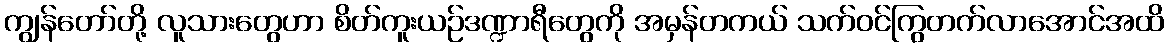
ကျွန်တော်တို့ လူသားတွေဟာ စိတ်ကူးယဉ်ဒဏ္ဍာရီတွေကို အမှန်တကယ် သက်ဝင်ကြွတက်လာအောင်အထိ